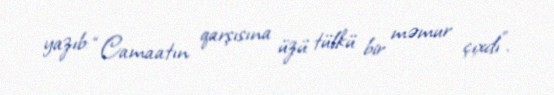
yazıb: “Camaatın qarşısına üzü tülkü bir məmur çıxdı”.